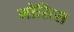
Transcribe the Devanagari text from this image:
मोरित्स